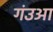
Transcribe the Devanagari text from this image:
गंउआ